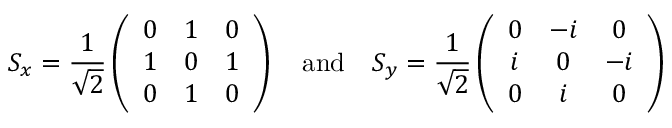
S _ { x } = \frac { 1 } { \sqrt { 2 } } \left( \begin{array} { c c c } { 0 } & { 1 } & { 0 } \\ { 1 } & { 0 } & { 1 } \\ { 0 } & { 1 } & { 0 } \end{array} \right) \quad \mathrm { a n d } \quad S _ { y } = \frac { 1 } { \sqrt { 2 } } \left( \begin{array} { c c c } { 0 } & { - i } & { 0 } \\ { i } & { 0 } & { - i } \\ { 0 } & { i } & { 0 } \end{array} \right)